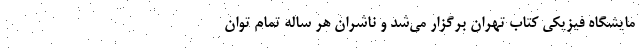
مایشگاه‌ فیزیکی کتاب تهران برگزار می‌شد و ناشران هر ساله تمام توان